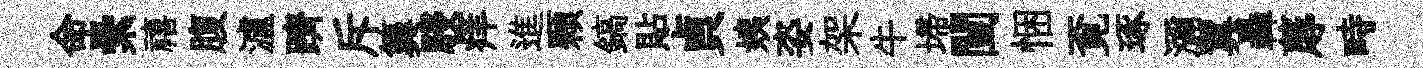
命纍禧腹瀘躋斥簨駸痒進顆鎬貼貞姨姿架牛埽闉悃覔琢瀰翼轟蓐畤